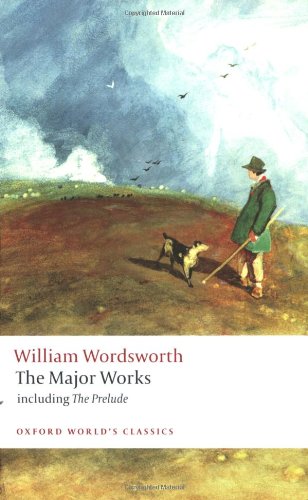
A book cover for William Wordsworth - The Major Works: including The Prelude (Oxford World's Classics); William Wordsworth; Literature & Fiction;